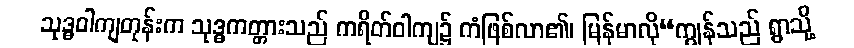
သုဒ္ဓဝါကျတုန်းက သုဒ္ဓကတ္တားသည် ကရိတ်ဝါကျ၌ ကံဖြစ်လာ၏၊ မြန်မာလို“ကျွန်သည် ရွာသို့